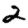
Digit: 2